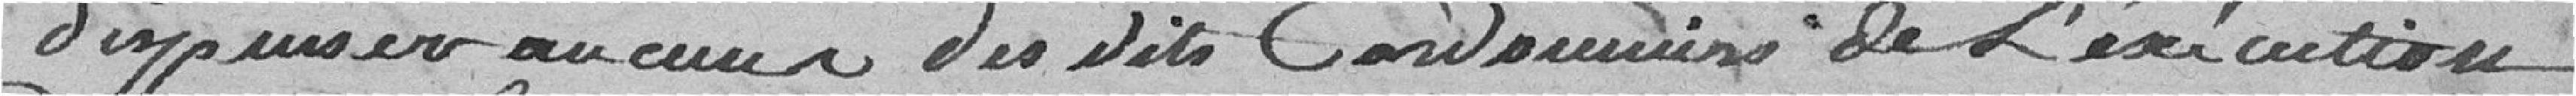
dispense aucun des dits Cordonniers de L'éxécution